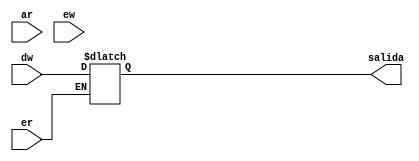
module mem
(
	input [31:0] ar, dw,
	input ew, er,
	output reg [31:0] salida
);

reg [31:0] datos [0:128];

always @(*)
begin
	if (ew== 1'b1)
		begin
			datos[ar] = dw;
		end
	if (er == 1'b1)
		begin
			salida = datos[ar];
		end
end
endmodule